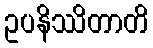
ဥပနိဿိတာတိ